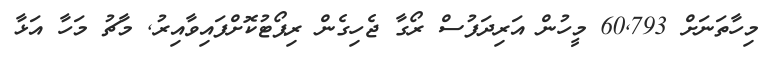
މިހާތަނަށް 60